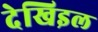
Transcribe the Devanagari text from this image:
देखिइल